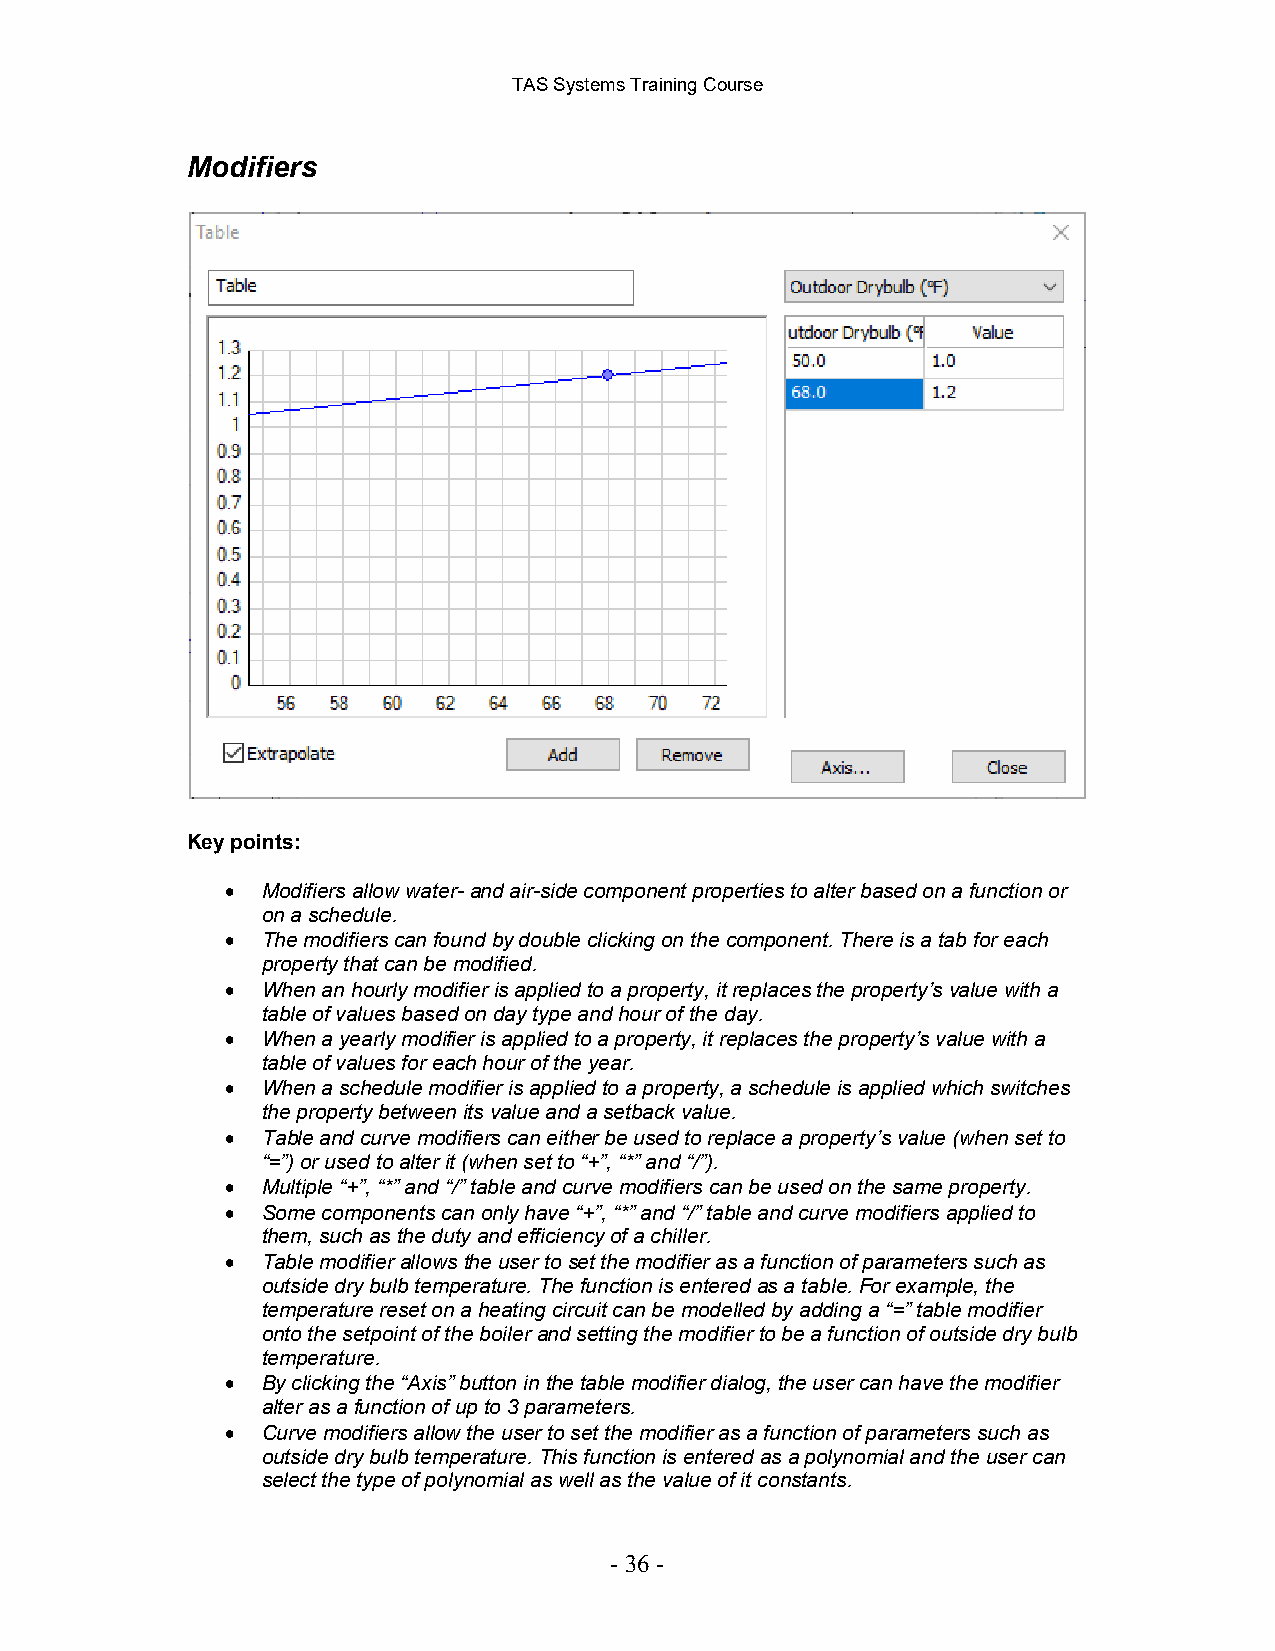
TAS Systems Training Course
 Modifiers
 Key points:
 • Modifiers allow water- and air-side component properties to alter based on a function or
 on a schedule.
 • The modifiers can found by double clicking on the component. There is a tab for each
 property that can be modified.
 • When an hourly modifier is applied to a property, it replaces the property’s value with a
 table of values based on day type and hour of the day.
 • When a yearly modifier is applied to a property, it replaces the property’s value with a
 table of values for each hour of the year.
 • When a schedule modifier is applied to a property, a schedule is applied which switches
 the property between its value and a setback value.
 • Table and curve modifiers can either be used to replace a property’s value (when set to
 “=”) or used to alter it (when set to “+”, “*” and “/”).
 • Multiple “+”, “*” and “/” table and curve modifiers can be used on the same property.
 • Some components can only have “+”, “*” and “/” table and curve modifiers applied to
 them, such as the duty and efficiency of a chiller.
 • Table modifier allows the user to set the modifier as a function of parameters such as
 outside dry bulb temperature. The function is entered as a table. For example, the
 temperature reset on a heating circuit can be modelled by adding a “=” table modifier
 onto the setpoint of the boiler and setting the modifier to be a function of outside dry bulb
 temperature.
 • By clicking the “Axis” button in the table modifier dialog, the user can have the modifier
 alter as a function of up to 3 parameters.
 • Curve modifiers allow the user to set the modifier as a function of parameters such as
 outside dry bulb temperature. This function is entered as a polynomial and the user can
 select the type of polynomial as well as the value of it constants.
 - 36 -